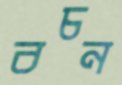
বচন